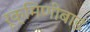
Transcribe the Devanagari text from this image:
रूक्मिणीबाई